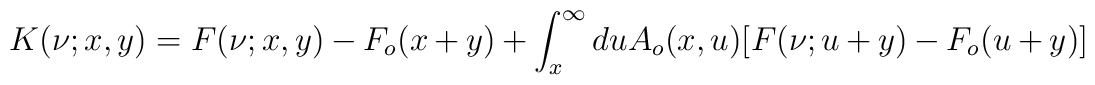
K(\nu;x,y)=F(\nu;x,y)-F_o(x+y)+\int_{x}^{\infty}duA_o(x,u)[F(\nu;u+y)-F_o(u+y)]